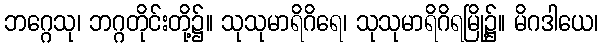
ဘဂ္ဂေသု၊ ဘဂ္ဂတိုင်းတို့၌။ သုသုမာရိဂိရေ၊ သုသုမာရိဂိရမြို့၌။ မိဂဒါယေ၊